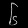
Digit: ၆